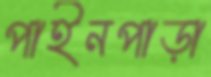
পাইনপাড়া